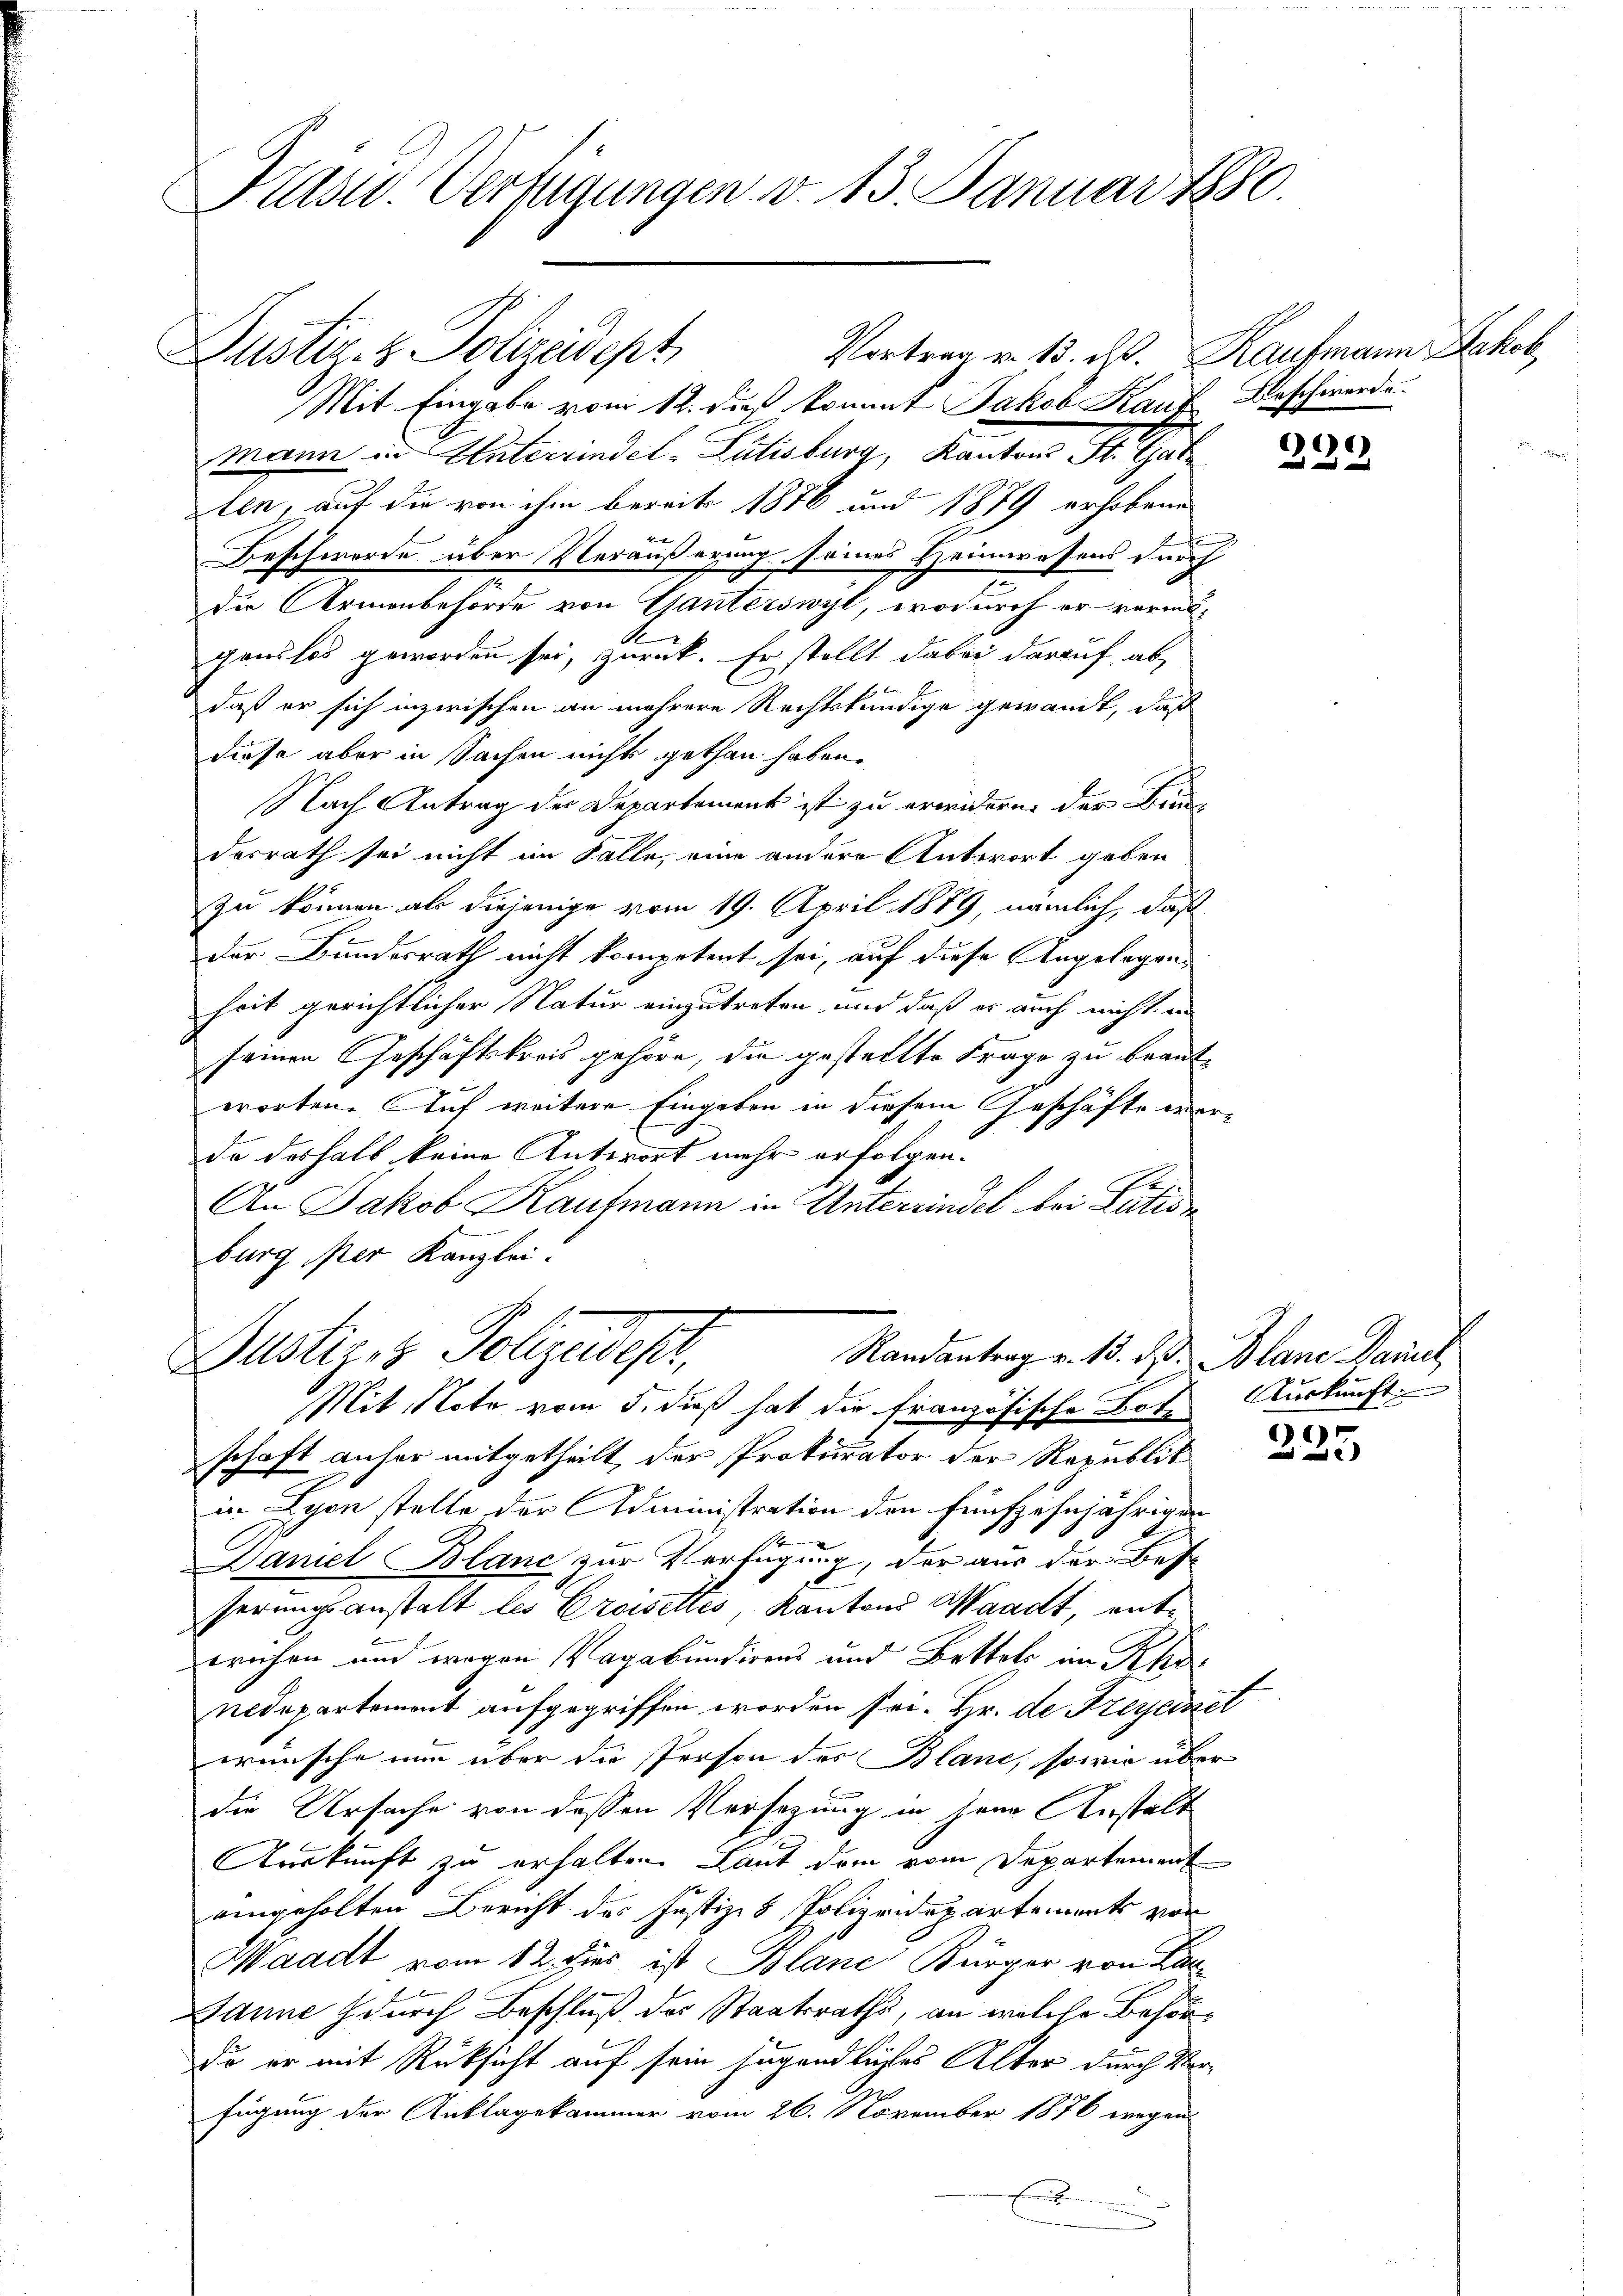
Krasw. Verfügungen v. 13. Januar 1880.

Mit Eingabe vom 12. dieß kommt Jakob Kauf Beschwerde.
Mann in Unterrindel-Pütisburg, Kantons St. Gal
Iten, auf die von ihm bereits 1876 und 1879 erhobene
Beschworde über Veräußerung seines Heimwessens durch
die Armenbehörde von Ganterswyl, wodurch er vermö¬
A
ganslos geworden sei, zurück. Er stellt dabei darauf, ab
daß er sich inzwischen an mehrere Rechtskundige gewandt, daß
diese aber in Sachen nichts gethan haben.
Nach Antrag der Departement ist zu erwidern der Fra
desrath sei nicht im Falle, eine andere Antwort geben
Zu können als diejenige vom 19. April 1889, nämlich, daß
Der Bundesrath nicht kompetent sei, auf diese Angelegens
heit gerichtlicher Natur einzutreten und daß er auch nicht in
seinen Geschäftskreis gehöre, die gestellte Frage zu beantworten. Auf weitere Eingaben in diesem Geschäfte warde deshalb keine Antwort mehr erfolgen¬
An Jakob Kaufmann in Unterrindel bei Lutis
burg per Kanzlei.
Randantrag v. 13. d. d. Blane Daniel
Justizes Polizeideser,
Mit Note vom 5. dieß hat die französische Bote Auskunft.
schaft anher mitgetheilt, der Prokurator der Republik
in Lyon stelle der Administration den fünfzehnjährigen
Daniel Blanc zur Verfügung, der aus der Bes
serungsanstalt des Crosettes, Kantons Waadt, enttruhen und wegen Vagabundigens und Bettels im Rhei
nedepartement aufgegriffen worden sei. Hr. de Freyenet
wünsche nun über die Person des Blanc, sowie über
die Ursache von dessen Versezung in jene Anstalt
Auskunft zu erhalten Laut dem vom Departement
eingeholten Bericht des Justiz- & Polizeidepartement vor
Waadt vom 12. dies ist Blane Bürger von Kan¬
Banne durch Beschluß des Staatsraths, an welche Behör¬
Da er mit Rüksicht auf sein jugendliches Alter durch Verfügung der Anklagekammer vom 26. November 1876 wegen
E

Justiz- & Polizeidept

Vortrag v. 13. ist. Kaufmann Schok

)
e

16)